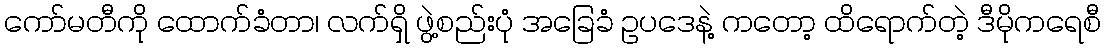
ကော်မတီကို ထောက်ခံတာ၊ လက်ရှိ ဖွဲ့စည်းပုံ အခြေခံ ဥပဒေနဲ့ ကတော့ ထိရောက်တဲ့ ဒီမိုကရေစီ